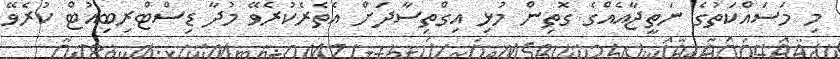
މި މަސައްކަތުގެ ނަތީޖާއެއްގެ ގޮތިން މުޅި އިގްތިސާދަށް އެތެރެކުރެވޭ މުދާ ޑިސްޓްރިބިއުޓް ކުރެވޭ